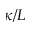
\kappa / L